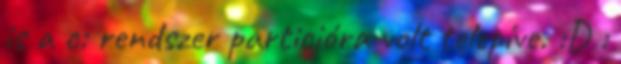
is a c: rendszer particióra volt telepíve. :D :